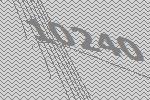
10240